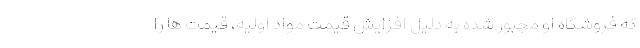
که فروشگاه او مجبور شده به دلیل افزایش قیمت مواد اولیه، قیمت ها را